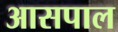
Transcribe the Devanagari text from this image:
आसपाल